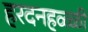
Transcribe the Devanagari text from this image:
हरदनहळ्ळी